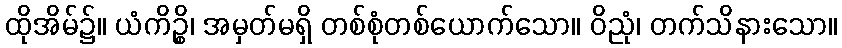
ထိုအိမ်၌။ ယံကိဉ္စိ၊ အမှတ်မရှိ တစ်စုံတစ်ယောက်သော။ ဝိညုံ၊ တက်သိနားသော။